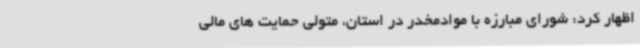
اظهار کرد: شورای مبارزه با موادمخدر در استان، متولی حمایت های مالی